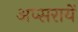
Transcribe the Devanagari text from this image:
अप्सरायें